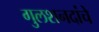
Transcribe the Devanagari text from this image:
गुलशनदांचे